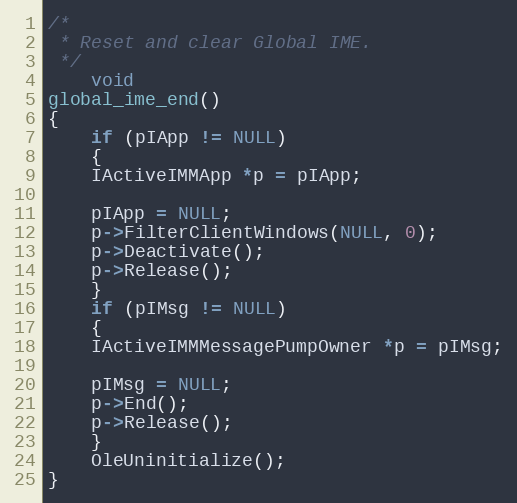
Language: C++
/*
 * Reset and clear Global IME.
 */
    void
global_ime_end()
{
    if (pIApp != NULL)
    {
	IActiveIMMApp *p = pIApp;

	pIApp = NULL;
	p->FilterClientWindows(NULL, 0);
	p->Deactivate();
	p->Release();
    }
    if (pIMsg != NULL)
    {
	IActiveIMMMessagePumpOwner *p = pIMsg;

	pIMsg = NULL;
	p->End();
	p->Release();
    }
    OleUninitialize();
}